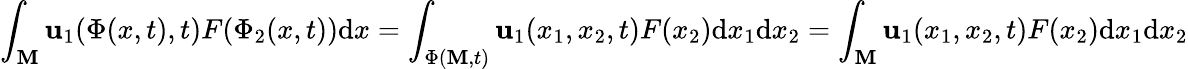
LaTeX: \int_{\mathbf{M}}\mathbf{u}_{1}(\Phi(x,t),t)F(\Phi_{2}(x,t))\mathrm{{d}}x=\int_{\Phi(\mathbf{M},t)}\mathbf{u}_{1}(x_{1},x_{2},t)F(x_{2})\mathrm{{d}}x_{1}\mathrm{{d}}x_{2}=\int_{\mathbf{M}}\mathbf{u}_{1}(x_{1},x_{2},t)F(x_{2})\mathrm{{d}}x_{1}\mathrm{{d}}x_{2}